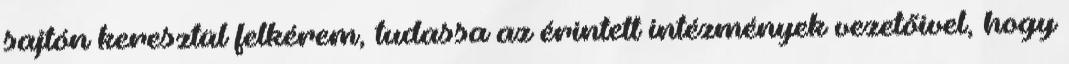
sajtón keresztül felkérem, tudassa az érintett intézmények vezetőivel, hogy